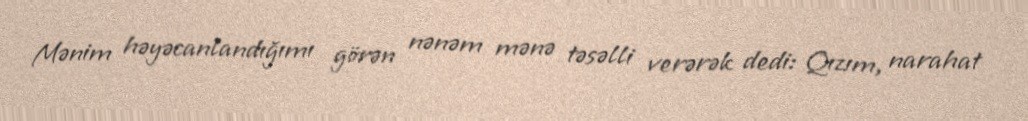
Mənim həyəcanlandığımı görən nənəm mənə təsəlli verərək dedi: Qızım, narahat